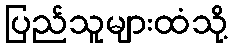
ပြည်သူများထံသို့